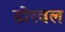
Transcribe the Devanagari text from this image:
डोरवल